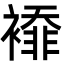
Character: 䙣